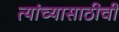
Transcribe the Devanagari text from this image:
त्यांच्यासाठीची